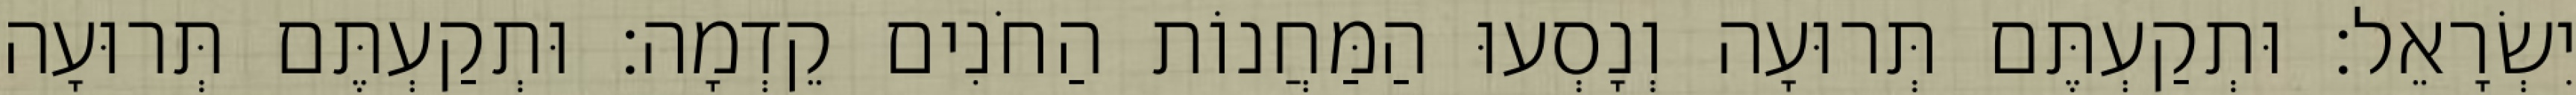
יִשְׂרָאֵל׃ וּתְקַעְתֶּם תְּרוּעָה וְנָסְעוּ הַמַּחֲנוֹת הַחֹנִים קֵדְמָה׃ וּתְקַעְתֶּם תְּרוּעָה